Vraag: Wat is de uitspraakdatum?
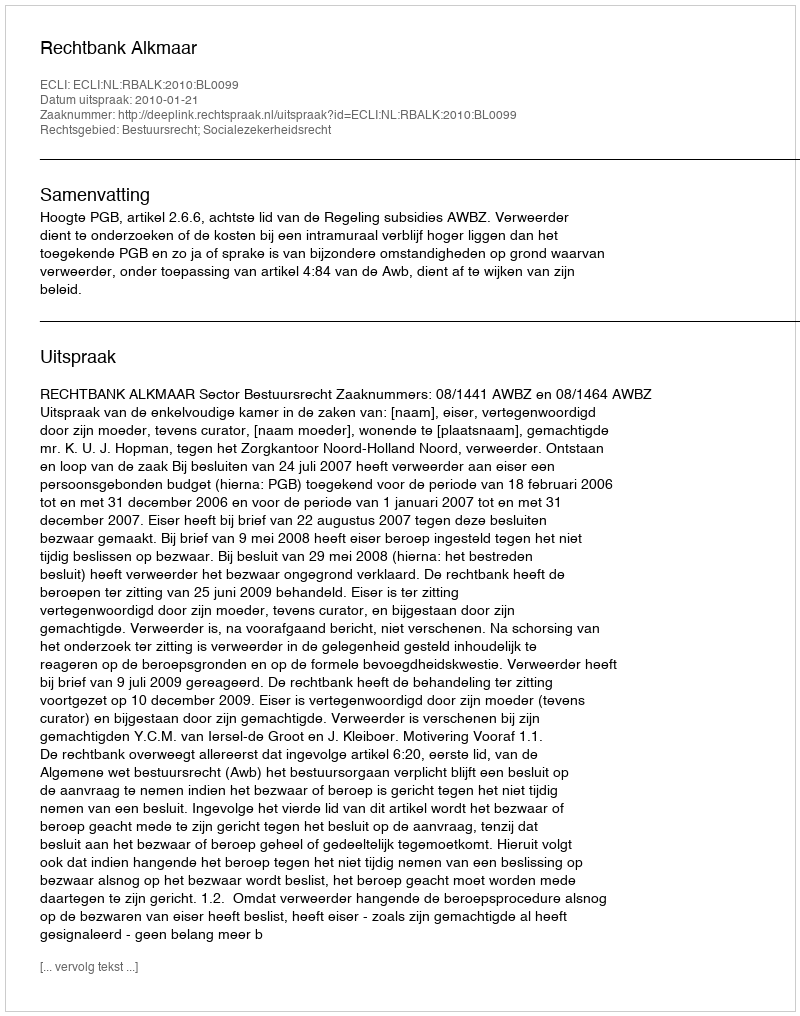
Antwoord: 2010-01-21